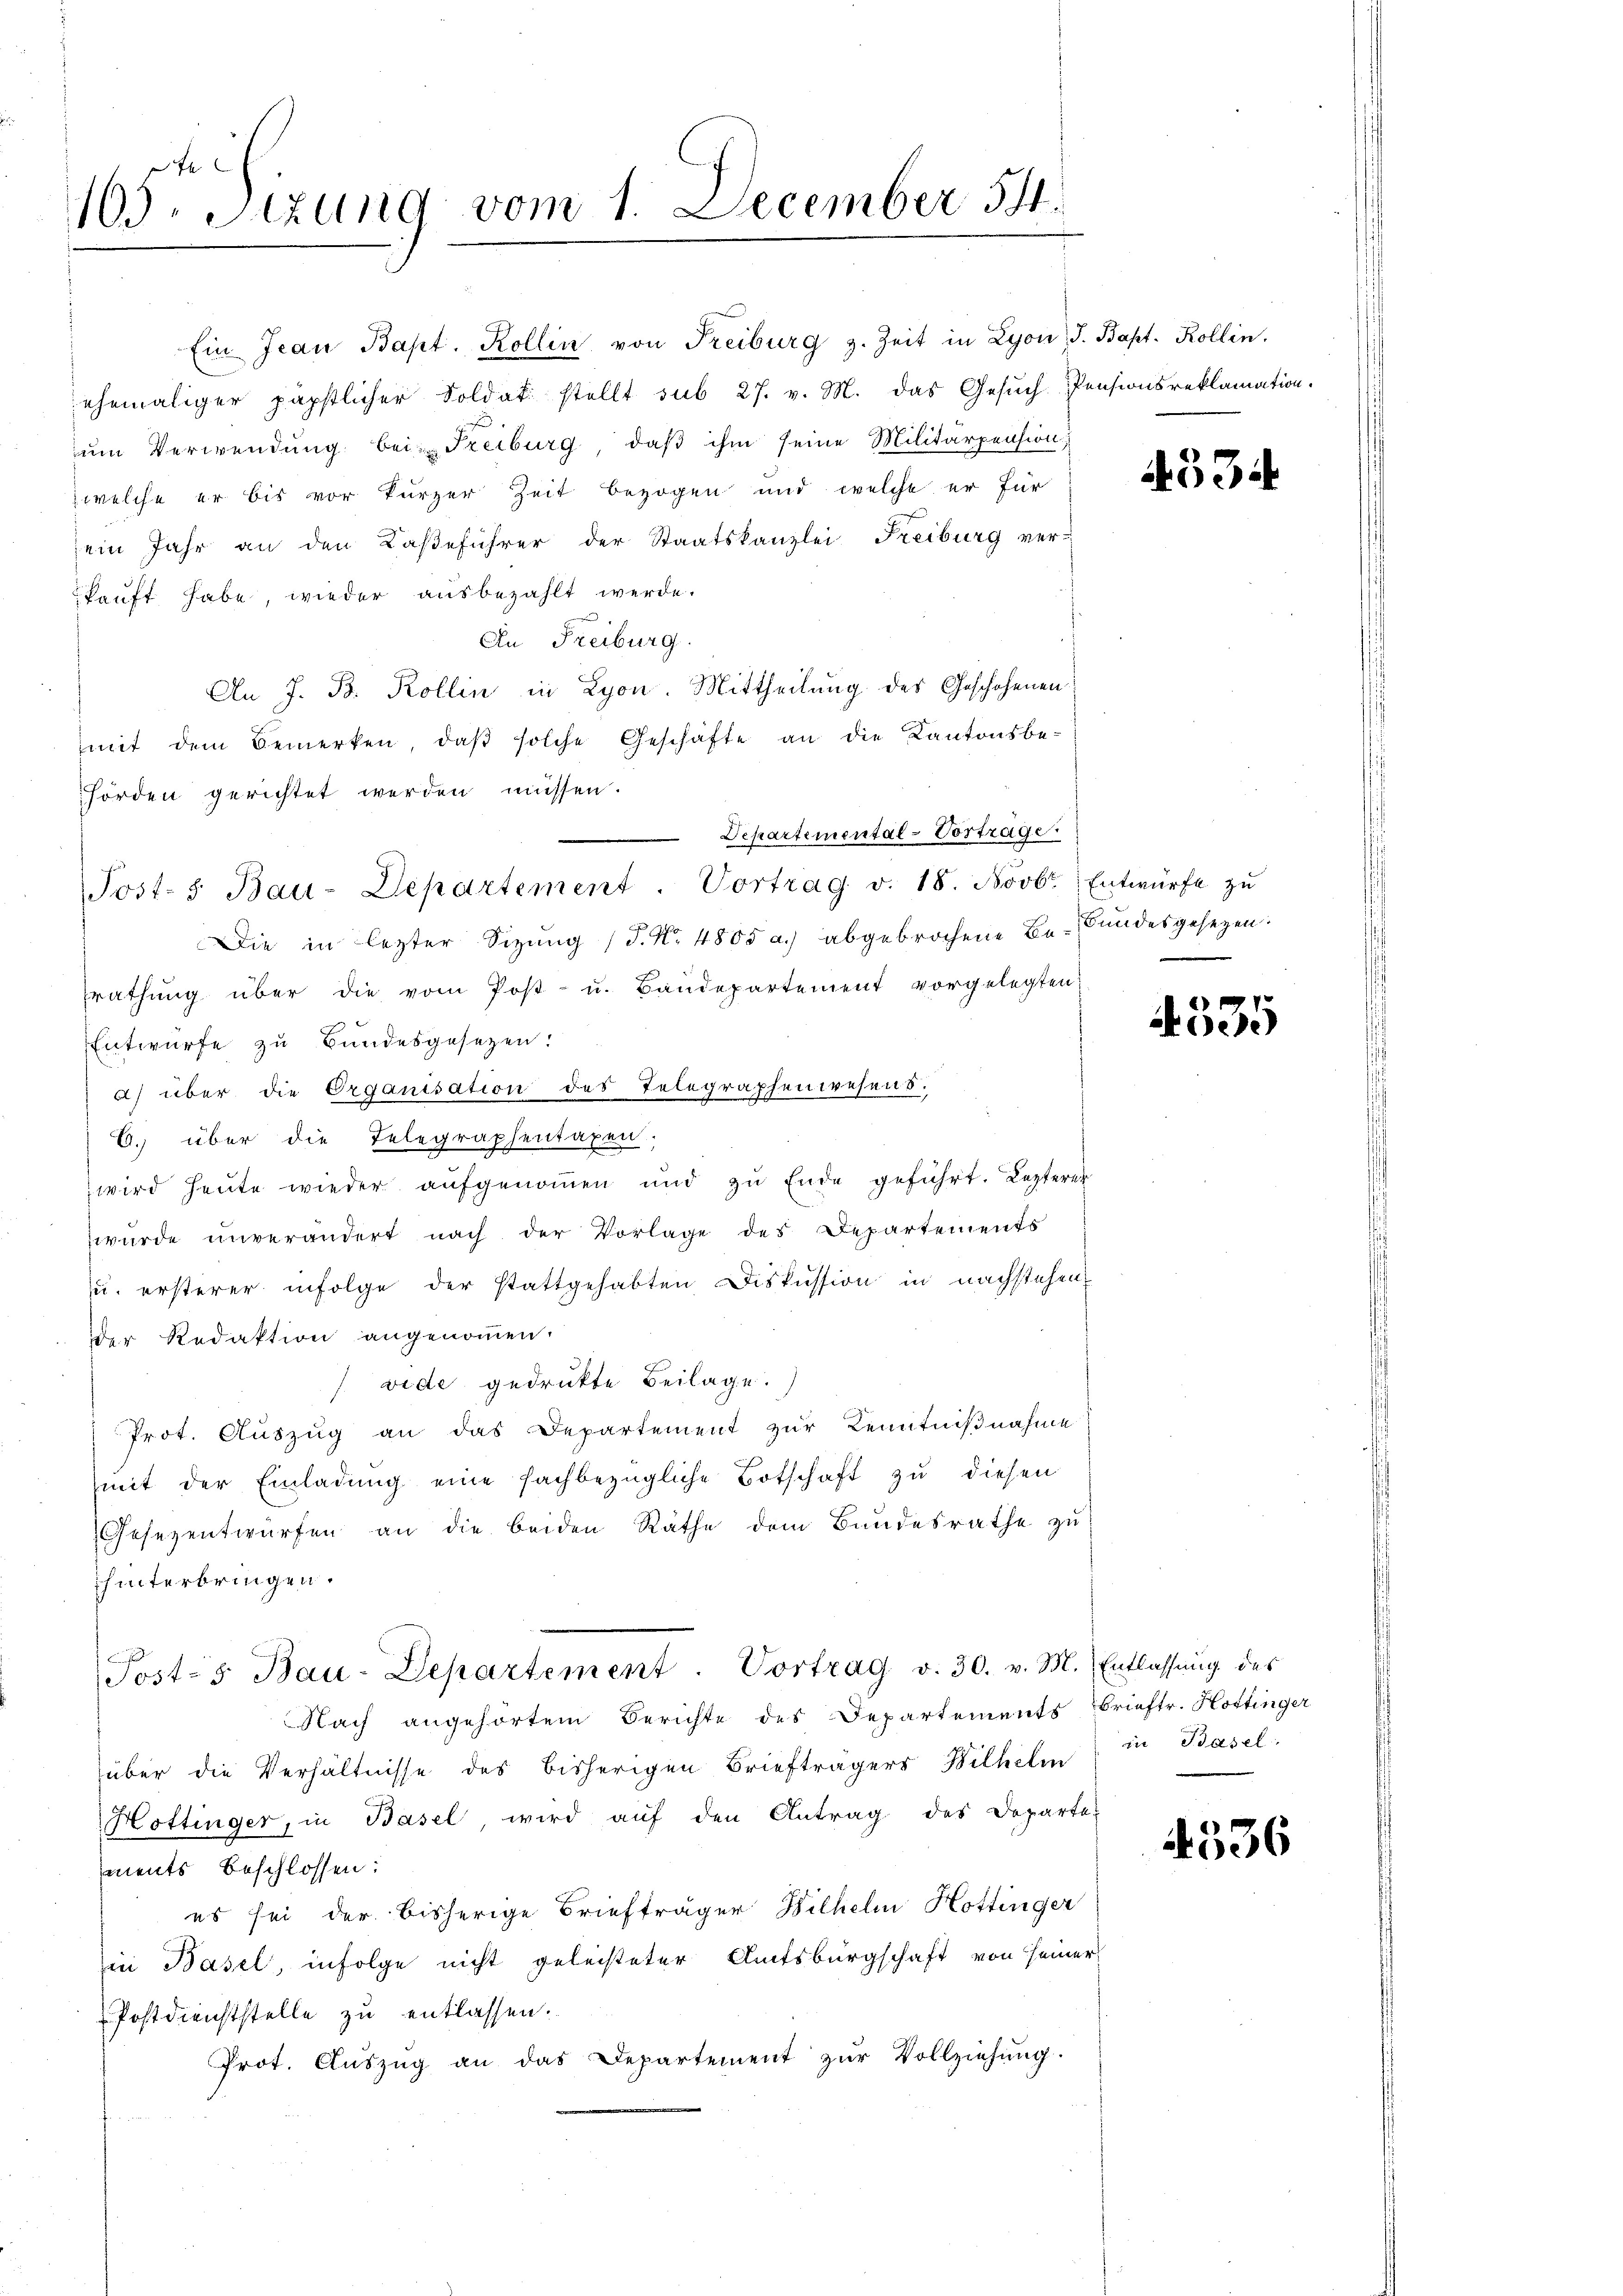
e
103. Sizung vom 1. December 544.

Ein Jean Bapt. Kollin von Freiburg z. Zeit in Lyon, S. Bapt. Kollin,
ehemaliger päpstlicher Soldat stellt sub 27. v. M. das Gesŭch Pensionsreklamation.
um Verwendung bei Freiburg, daß ihm seine Militärpension
welche er bis vor kurzer Zeit bezogen und welche er für
ein Jahr an den Kaßeführer der Staatskanzlei Freiburg ver-
kauft habe, wieder ausbezahlt werde.
An Freiburg.
An J. B. Kollin in Lyon. Mittheilung des Geschehenen
mit dem Bemerken, daβ solche Geschäfte an die Kantonsbe-
hörden gerichtet werden müssen.
Departemental-Vorträge.
Post- & Bau-Departement. Vortrag v. 18. Novbr. Entwürfe zŭ
Die in lezter Sizung (S. Nr. 4805 a.) abgebrochene Be-Bundesgesetzen:
srathung über die vom Post- u. Baudepartement vorgelegten
Entwurfe zu Bundesgesetzen:
a) über die Organisation des Telegraphenwesens.
6. über die Telegraphentaxen.
wird heute wieder aufgenommen und zu Ende geführt. Lezterer
wurde unverändert nach der Vorlage des Departements
u. ersterer infolge der stattgehabten Diskussion in nachstehen
der Redaktion angenommen.
vide gedrukte Beilage.
x
Prot. Auszug an das Departement zur Kenntnißnahme
mit der Einladung eine fachbezügliche Botschaft zu diesen
Gesezentwürfen an die beiden Räthe dem Bundesrathe zu
hinterbringen.
Post-s Bau-Departement. Vortrag v. 30. v. M. Entlassŭng des
Nach angehörtem Berichte des Departements Brieftr. Hottinger
über die Verhältnisse des bisherigen Briefträgers Wilhelm
Hottinger, in Basel, wird auf den Antrag des Departe-
ments beschlossen:
es sei der bisherige Briefträger Bilhelm Hottinger
in Basel, infolge nicht geleisteter Amtsbürgschaft von seiner
Postdienststelle zu entlassen.
Prot. Aŭszŭg an das Departement zŭr Vollziehung.

4534

2

4535

in Basel

4536